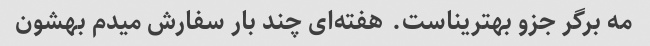
مه برگر جزو بهتریناست. هفته‌ای چند بار سفارش میدم بهشون